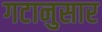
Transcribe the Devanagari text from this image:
गटानुसार